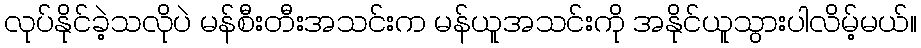
လုပ်နိုင်ခဲ့သလိုပဲ မန်စီးတီးအသင်းက မန်ယူအသင်းကို အနိုင်ယူသွားပါလိမ့်မယ်။